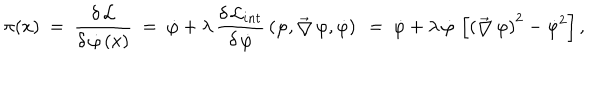
LaTeX: \pi ( x ) ~ = ~ \frac { \delta \, { \cal L } } { \delta \, \dot { \varphi } \, ( x ) } ~ = ~ \dot { \varphi } + \lambda \, \frac { \delta \, { \cal L } _ { i n t } } { \delta \, \dot { \varphi } } \, \left( \varphi , \vec { \bigtriangledown } \, \varphi , \dot { \varphi } \right) ~ = ~ \dot { \varphi } + \lambda \, \dot { \varphi } \, \left[ \left( \vec { \bigtriangledown } \, \varphi \right) ^ { 2 } - \dot { \varphi } ^ { 2 } \right] ,